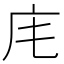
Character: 𢇠